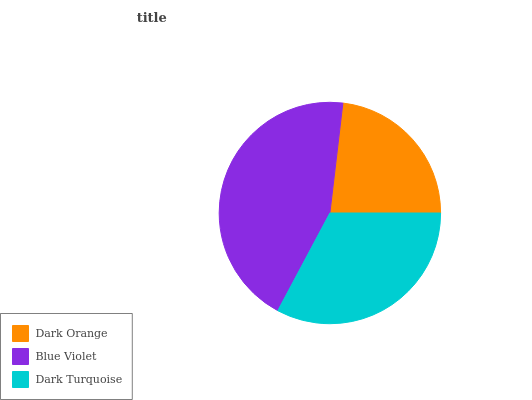
| Dark Orange | Blue Violet | Dark Turquoise |
 | --- | --- | --- |
 | 23.1% | 44.1% | 32.8% |